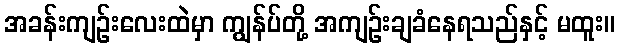
အခန်းကျဉ်းလေးထဲမှာ ကျွန်ပ်တို့ အကျဉ်းချခံနေရသည်နှင့် မထူး။